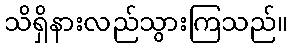
သိရှိနားလည်သွားကြသည်။